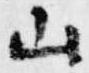
山